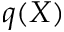
q ( X )